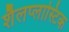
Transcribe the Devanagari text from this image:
शैलप्लास्टिक